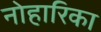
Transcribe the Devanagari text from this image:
नोहारिका